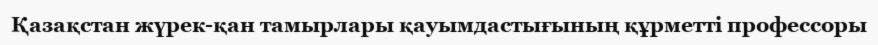
Қазақстан жүрек-қан тамырлары қауымдастығының құрметті профессоры